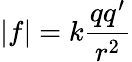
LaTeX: |f|=k\frac{qq^{\prime}}{r^{2}}